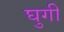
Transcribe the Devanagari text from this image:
घुगी